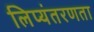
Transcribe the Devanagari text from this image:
लिप्यंतरणता